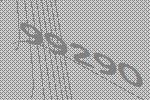
99290